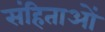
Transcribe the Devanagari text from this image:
संहिताआें